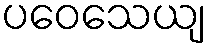
ပဝေသေယျ